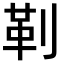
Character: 𪟋